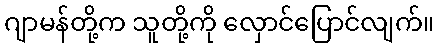
ဂျာမန်တို့က သူတို့ကို လှောင်ပြောင်လျက်။